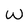
Character: w